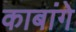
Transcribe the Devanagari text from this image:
काबांगे